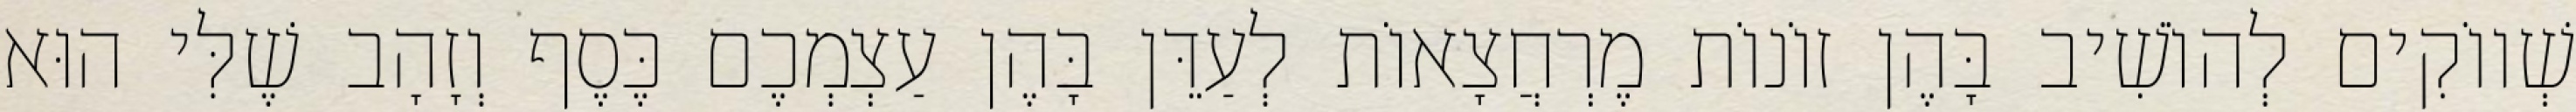
שְׁווֹקִים לְהוֹשִׁיב בָּהֶן זוֹנוֹת מֶרְחֲצָאוֹת לְעַדֵּן בָּהֶן עַצְמְכֶם כֶּסֶף וְזָהָב שֶׁלִּי הוּא